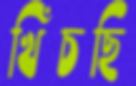
খিঁচছি